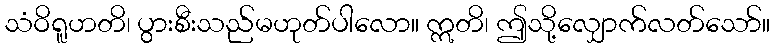
သံဝိရူဟတိ၊ ပွားစီးသည်မဟုတ်ပါလော။ ဣတိ၊ ဤသို့လျှောက်လတ်သော်။